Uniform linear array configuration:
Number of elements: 16
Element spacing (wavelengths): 0.25
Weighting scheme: hamming
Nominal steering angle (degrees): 0
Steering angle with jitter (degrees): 1.486
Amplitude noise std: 0.05
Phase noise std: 0.05

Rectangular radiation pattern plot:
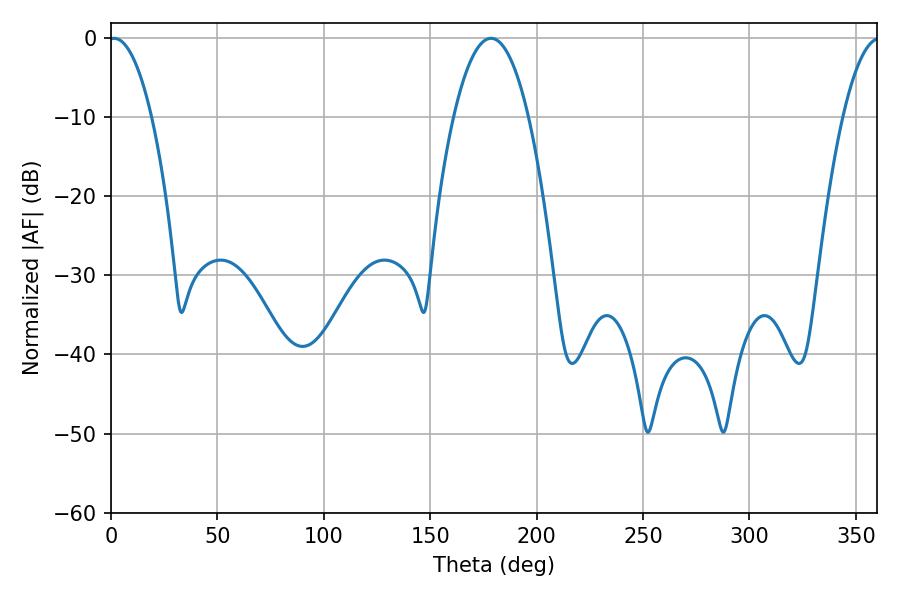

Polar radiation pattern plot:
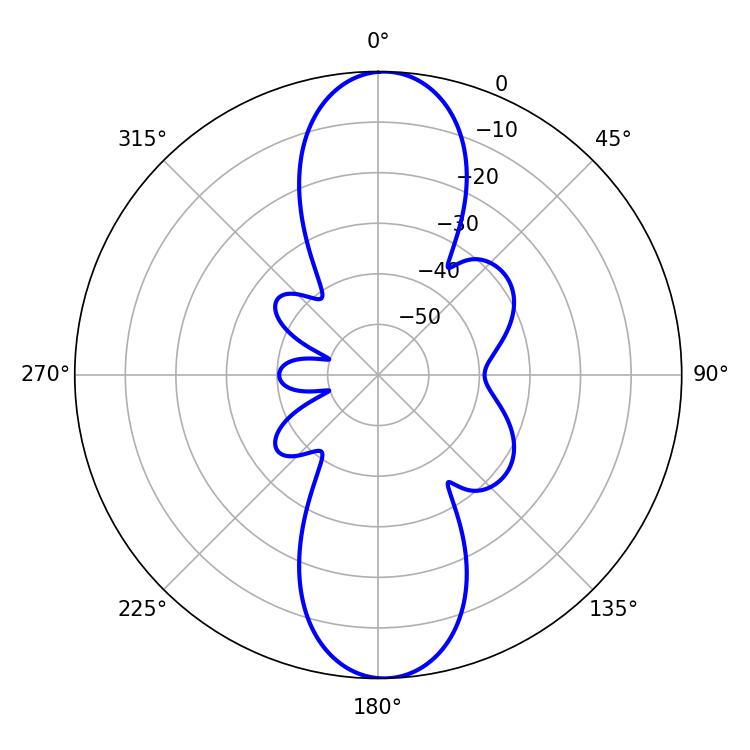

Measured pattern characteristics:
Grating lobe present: FALSE
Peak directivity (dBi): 20.192
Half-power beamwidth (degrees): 11.16
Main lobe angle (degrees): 1.44